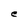
Character: e